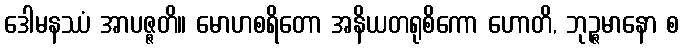
ဒေါမနဿံ အာပဇ္ဇတိ။ မောဟစရိတော အနိယတရုစိကော ဟောတိ, ဘုဉ္ဇမာနော စ